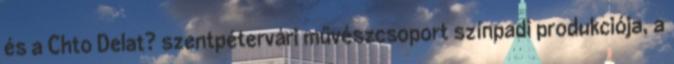
és a Chto Delat? szentpétervári művészcsoport színpadi produkciója, a